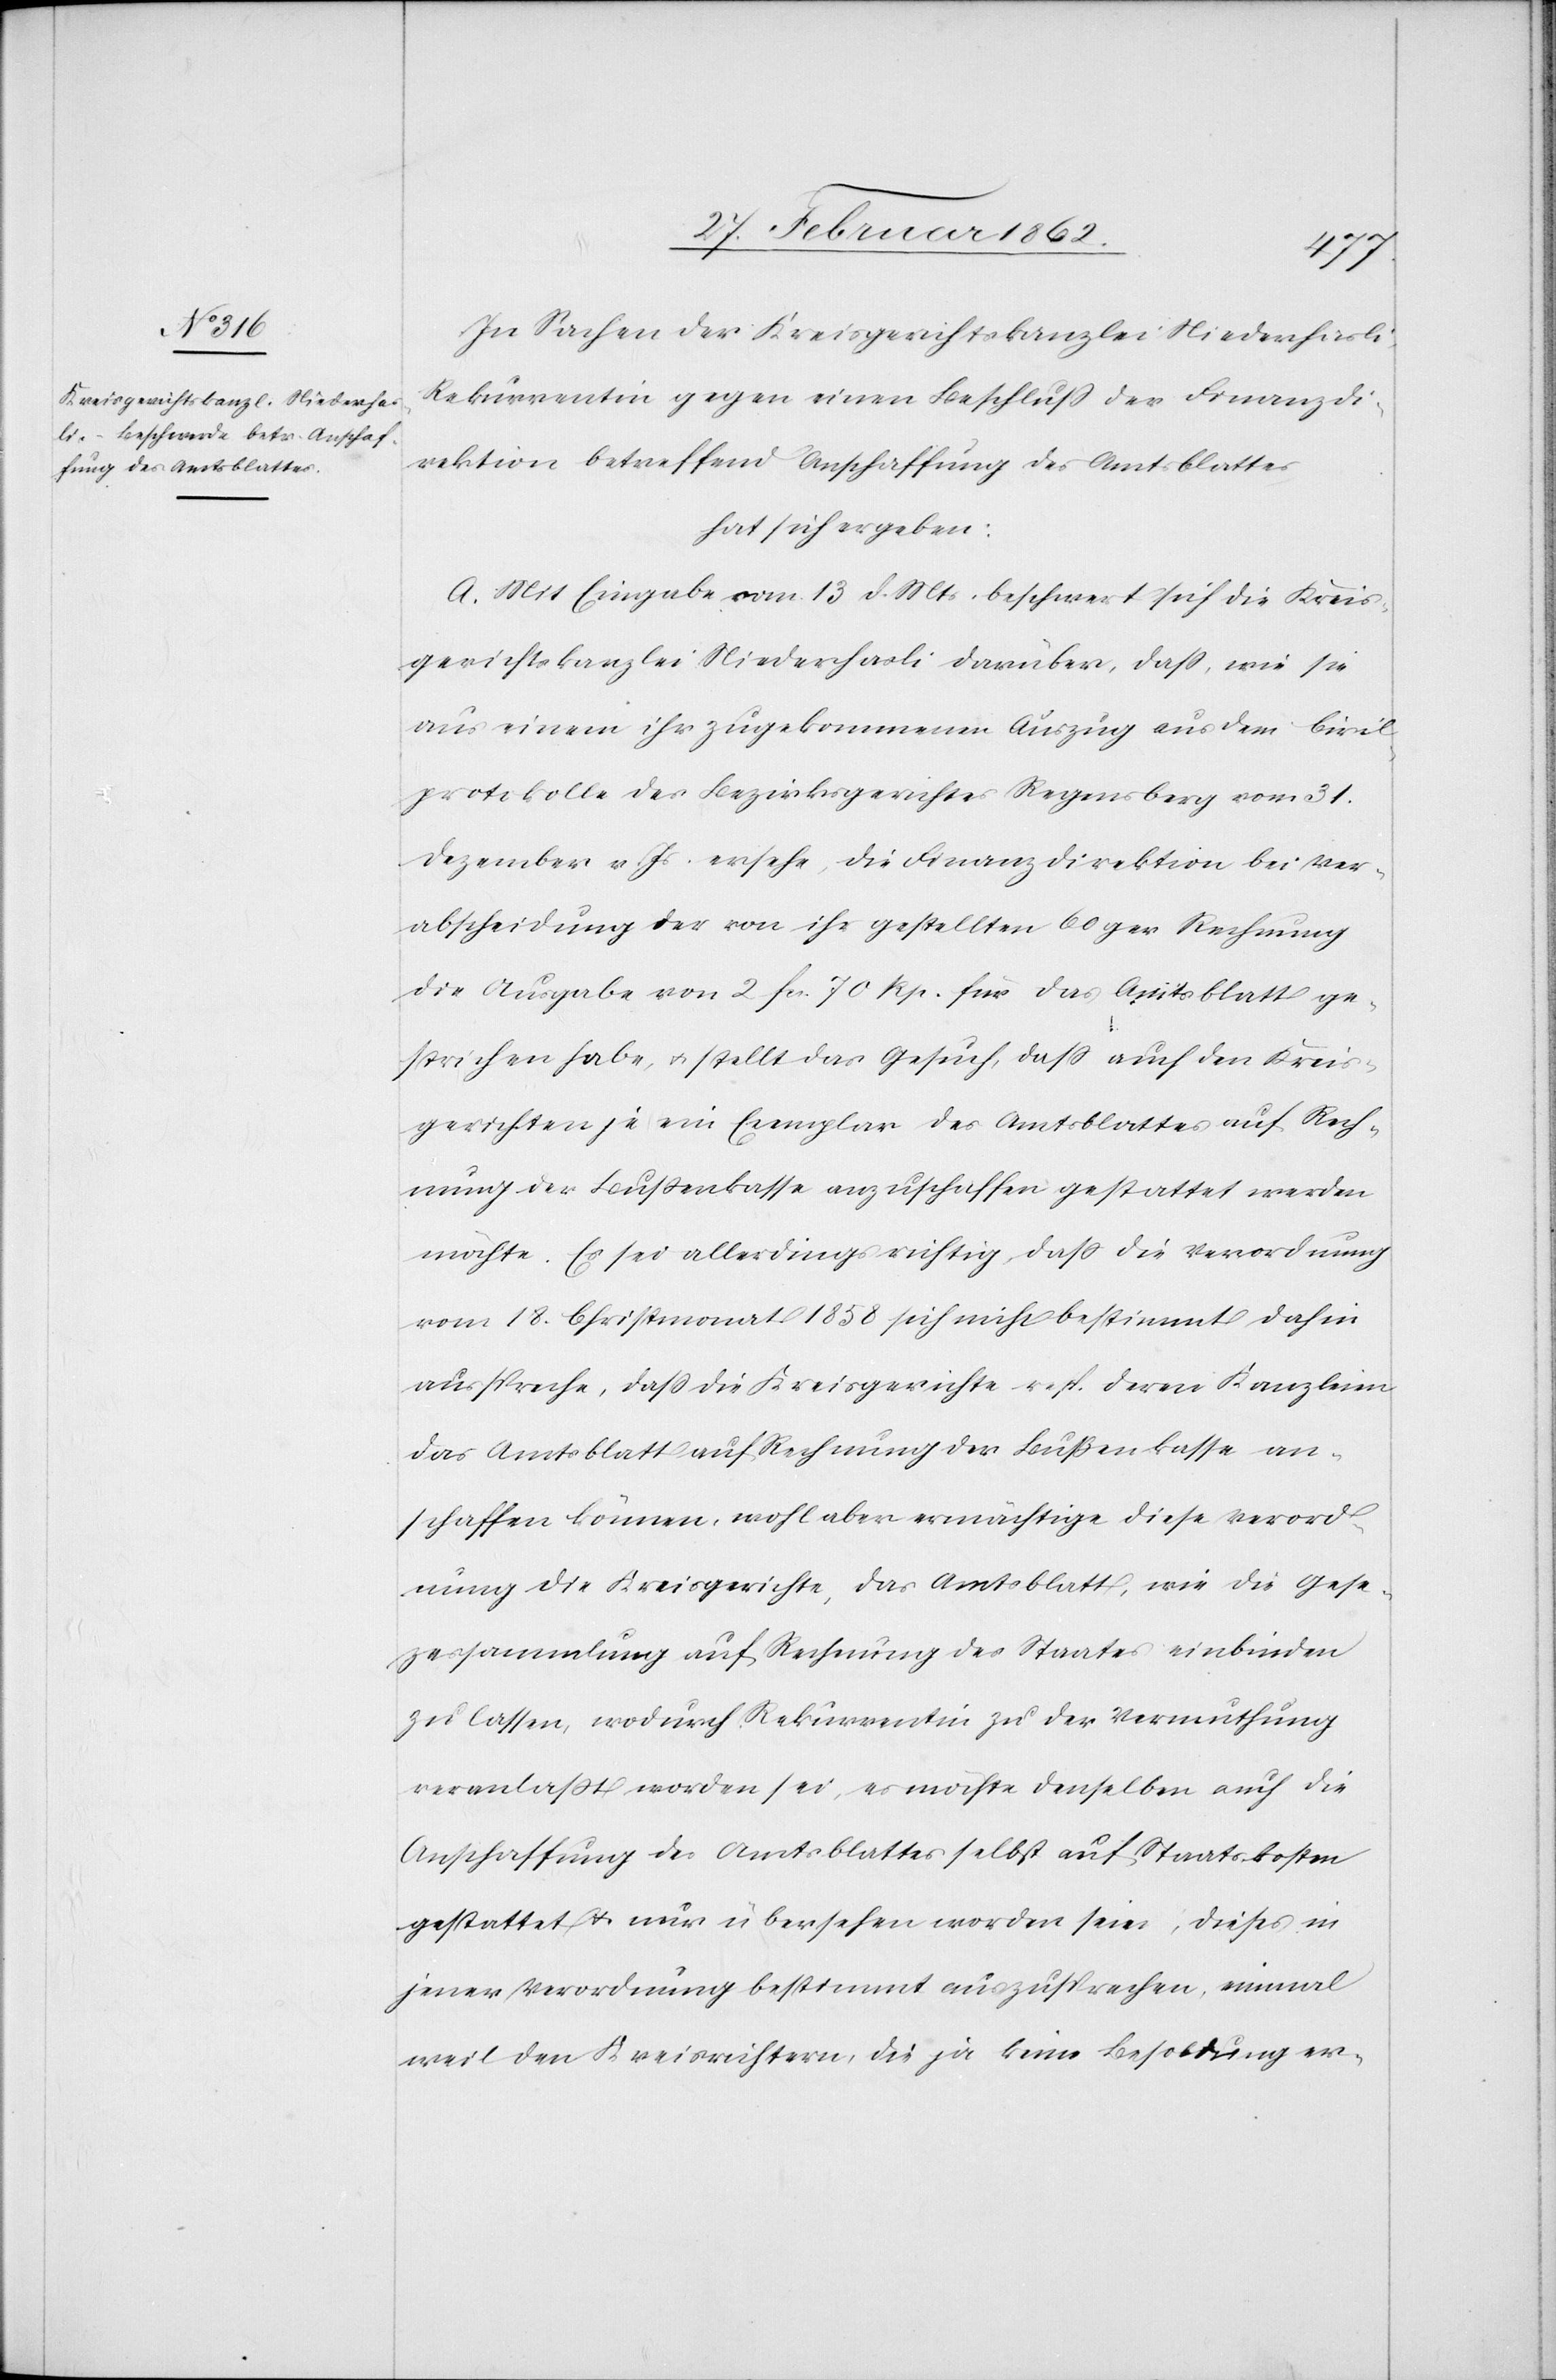
In Sachen der Kreisgerichtskanzlei Niederhasli,
Rekurrentin gegen einen Beschluß der Finanzdi¬
rektion betreffend Anschaffung des Amtsblattes,
hat sich ergeben:
A. Mit Eingabe vom 13 d. Mts. beschwert sich die Kreis¬
gerichtskanzlei Niederhasli darüber, daß, wie sie
aus einem ihr zugekommenen Auszug aus dem Civil¬
protokolle des Bezirksgerichtes Regensberg vom 31.
Dezember v. Js. ersehe, die Finanzdirektion bei Ver¬
abscheidung der von ihr gestellten 60ger Rechnung
die Ausgabe von 2 fcs. 70 Rp. für das Amtsblatt ge¬
strichen habe, u. stellt das Gesuch, daß auch den Kreis¬
gerichten je ein Exemplar des Amtsblattes auf Rech¬
nung der Bußenkasse anzuschaffen gestattet werden
möchte. Es sei allerdings richtig, daß die Verordnung
vom 18. Christmonat 1858 sich nicht bestimmt dahin
ausspreche, daß die Kreisgerichte resp. deren Kanzleien
das Amtsblatt auf Rechnung der Bußenkasse an¬
schaffen können, wohl aber ermächtige diese Verord¬
nung die Kreisgerichte, das Amtsblatt, wie die Gese¬
zessammlung auf Rechnung des Staates einbinden
zu lassen, wodurch Rekurrentin zu der Vermuthung
veranlaßt worden sei, es möchte denselben auch die
Anschaffung des Amtsblattes selbst auf Staatskosten
gestattet u. nur übersehen worden seie, dieses in
jener Verordnung bestimmt auszusprechen, einmal
weil den Kreisrichtern, die ja keine Besoldung er-